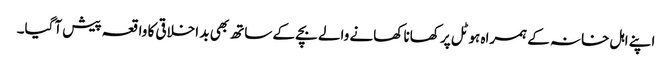
اپنے اہل خانہ کے ہمراہ ہوٹل پر کھانا کھانے والے بچے کے ساتھ بھی بد اخلاقی کا واقعہ پیش آگیا۔